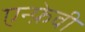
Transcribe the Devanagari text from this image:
एन्फ़ेवी